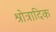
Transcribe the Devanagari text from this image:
श्रोत्रादिक